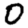
Digit: 0